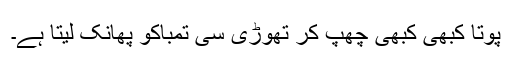
پوتا کبھی کبھی چھپ کر تھوڑی سی تمباکو پھانک لیتا ہے۔